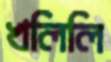
খলিলি